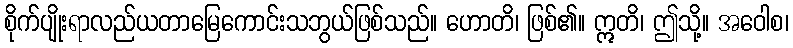
စိုက်ပျိုးရာလည်ယတာမြေကောင်းသဘွယ်ဖြစ်သည်။ ဟောတိ၊ ဖြစ်၏။ ဣတိ၊ ဤသို့။ အဝေါစ၊